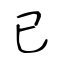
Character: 已